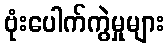
ဗုံးပေါက်ကွဲမှုများ